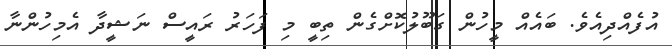
އުފެއްދިއެވެ. ބައެއް މީހުން ގަބޫލުކޮށްގެން ތިބީ މި ފަހަރު ރައީސް ނަޝީދާ އެމިހުންނާ